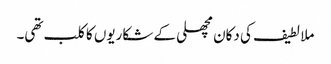
ملا لطیف کی دکان مچھلی کے شکاریوں کا کلب تھی۔